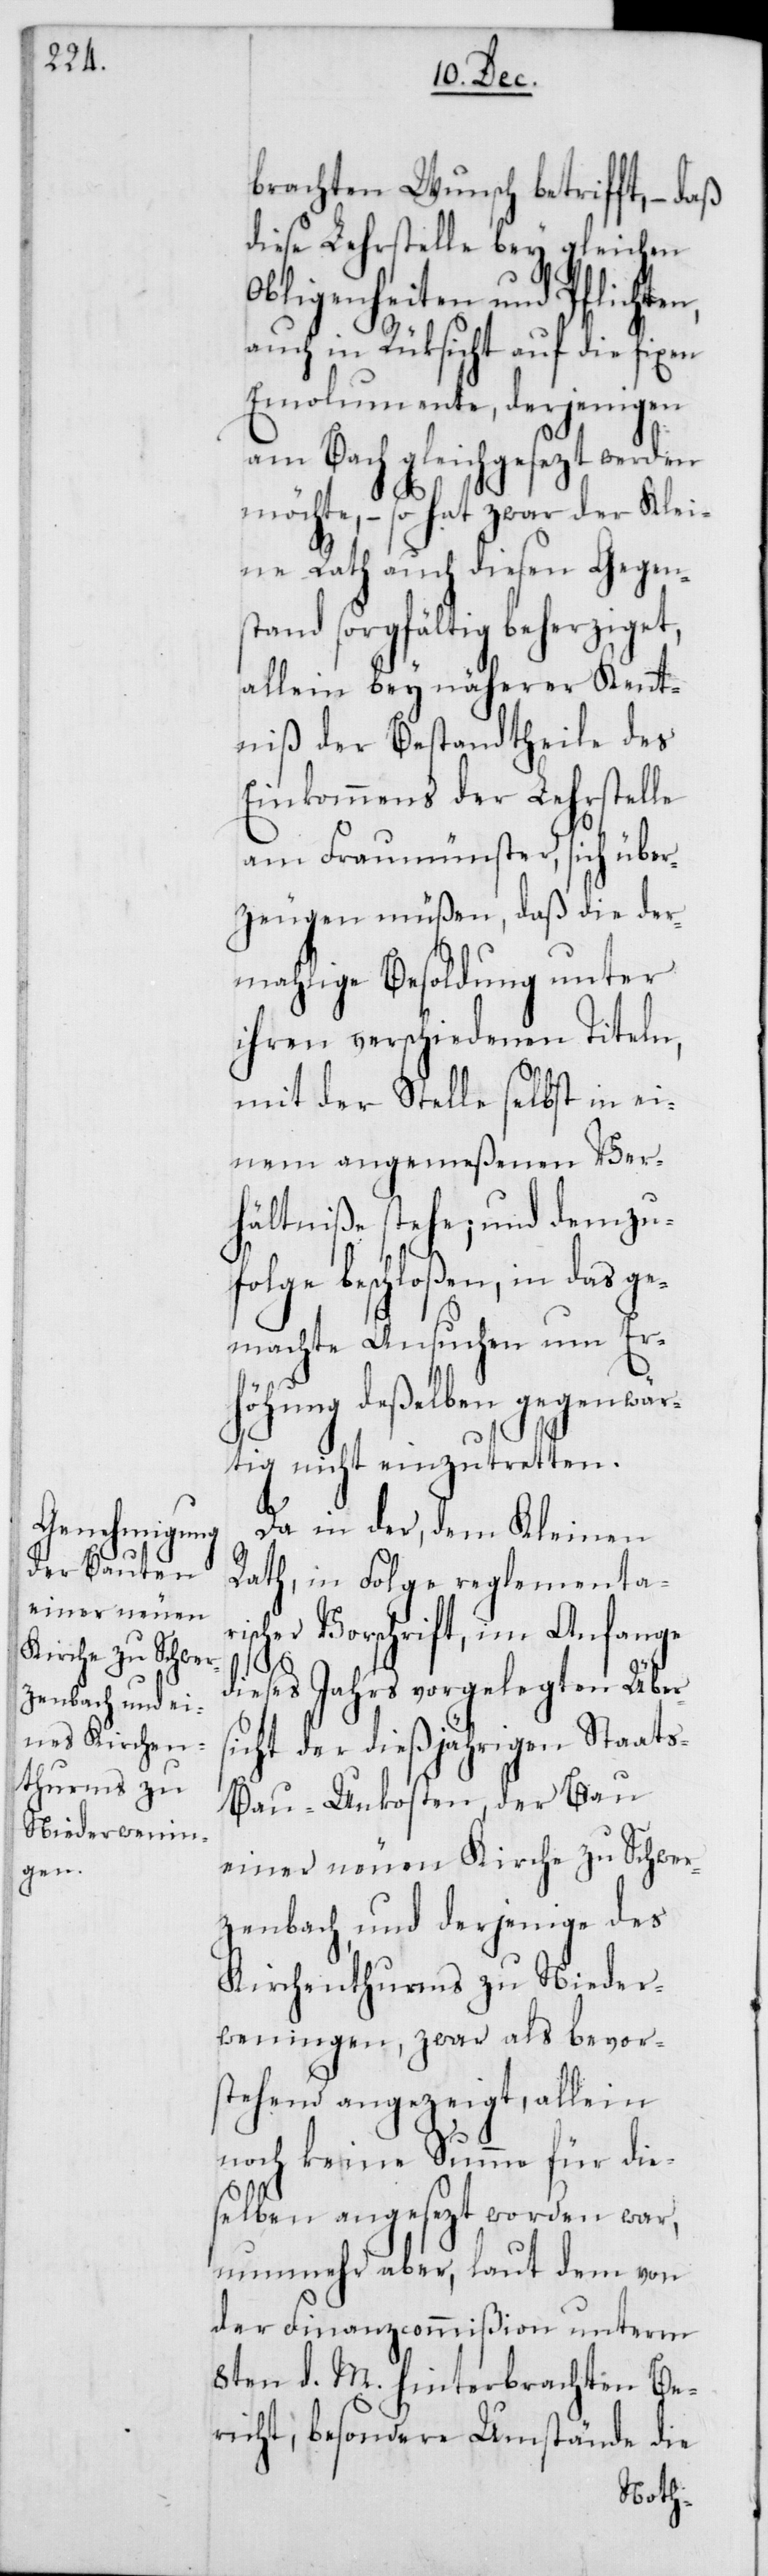
brachten Wunsch betrifft, – daß
diese Lehrstelle bey gleichen
Obligenheiten und Pflichten,
auch in Rücksicht auf die fixen
Emolumente, derjenigen
am Bach gleichgesezt werden
möchte, – so hat zwar der Klei¬
ne Rath auch diesen Gegen¬
stand sorgfältig beherziget,
allein bey näherer Kennt¬
niß der Bestandtheile des
Einkommens der Lehrstelle
am Fraumünster, sich über¬
zeugen müßen, daß die der¬
mahlige Besoldung unter
ihren verschiedenen Titeln,
mit der Stelle selbst in ei¬
nem angemeßenen Ver¬
hältniße stehe; und demzuf¬
olge beschloßen, in das ge¬
machte Ansuchen um Erh¬
öhung deßelben gegenwär¬
tig nicht einzutretten.
Da in der, dem Kleinen
Rath, in Folge reglementa¬
rischer Vorschrift, im Anfange
dieses Jahrs vorgelegten Über¬
sicht der dießjährigen Staat¬
s-Bau-Unkosten, der Bau
einer neuen Kirche zu Schwer¬
zenbach, und derjenige des
Kirchenthurms zu Nieder¬
weningen, zwar als bevor¬
stehend angezeigt, allein
noch keine Summe für die¬
selben angesezt worden war,
nunmehr aber, laut dem von
der Finanzcommißion unterm
8ten d. M. hinterbrachten Be¬
richt, besondere Umstände die